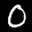
Label: 0